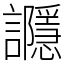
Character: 讔